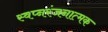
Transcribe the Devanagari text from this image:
स्वप्नरंजनात्मक